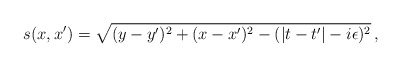
\begin{align*}s(x,x') = \sqrt{ (y-y')^2 + (x-x')^2 - (|t-t'| - i \epsilon)^2}\,,\end{align*}